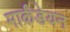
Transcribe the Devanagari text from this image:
मार्कंडेयन